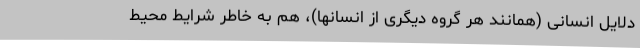
دلایل انسانی (همانند هر گروه دیگری از انسانها)، هم به خاطر شرایط محیط